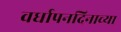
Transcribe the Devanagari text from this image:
वर्धापनदिनाच्या